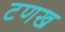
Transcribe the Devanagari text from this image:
टणख